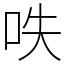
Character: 呹